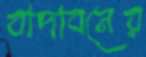
বাদাবনের